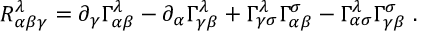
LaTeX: R _ { \alpha \beta \gamma } ^ { \lambda } = \partial _ { \gamma } \Gamma _ { \alpha \beta } ^ { \lambda } - \partial _ { \alpha } \Gamma _ { \gamma \beta } ^ { \lambda } + \Gamma _ { \gamma \sigma } ^ { \lambda } \Gamma _ { \alpha \beta } ^ { \sigma } - \Gamma _ { \alpha \sigma } ^ { \lambda } \Gamma _ { \gamma \beta } ^ { \sigma } \; .